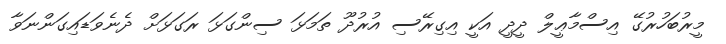
މީރުބަހުރުގޭ އިސްމާޢީލް ދީދީ އަކީ އިގިރޭސި އުރުދޫ ތަމަޅަ ސިންގަޅަ ރަގަޅަށް ދެނެވަޑައިގަންނަވާ